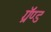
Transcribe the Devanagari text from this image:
ग्रॅण्ड